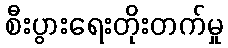
စီးပွားရေးတိုးတက်မှု